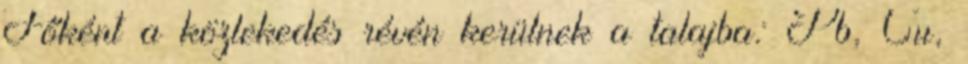
Főként a közlekedés révén kerülnek a talajba: Pb, Cu,